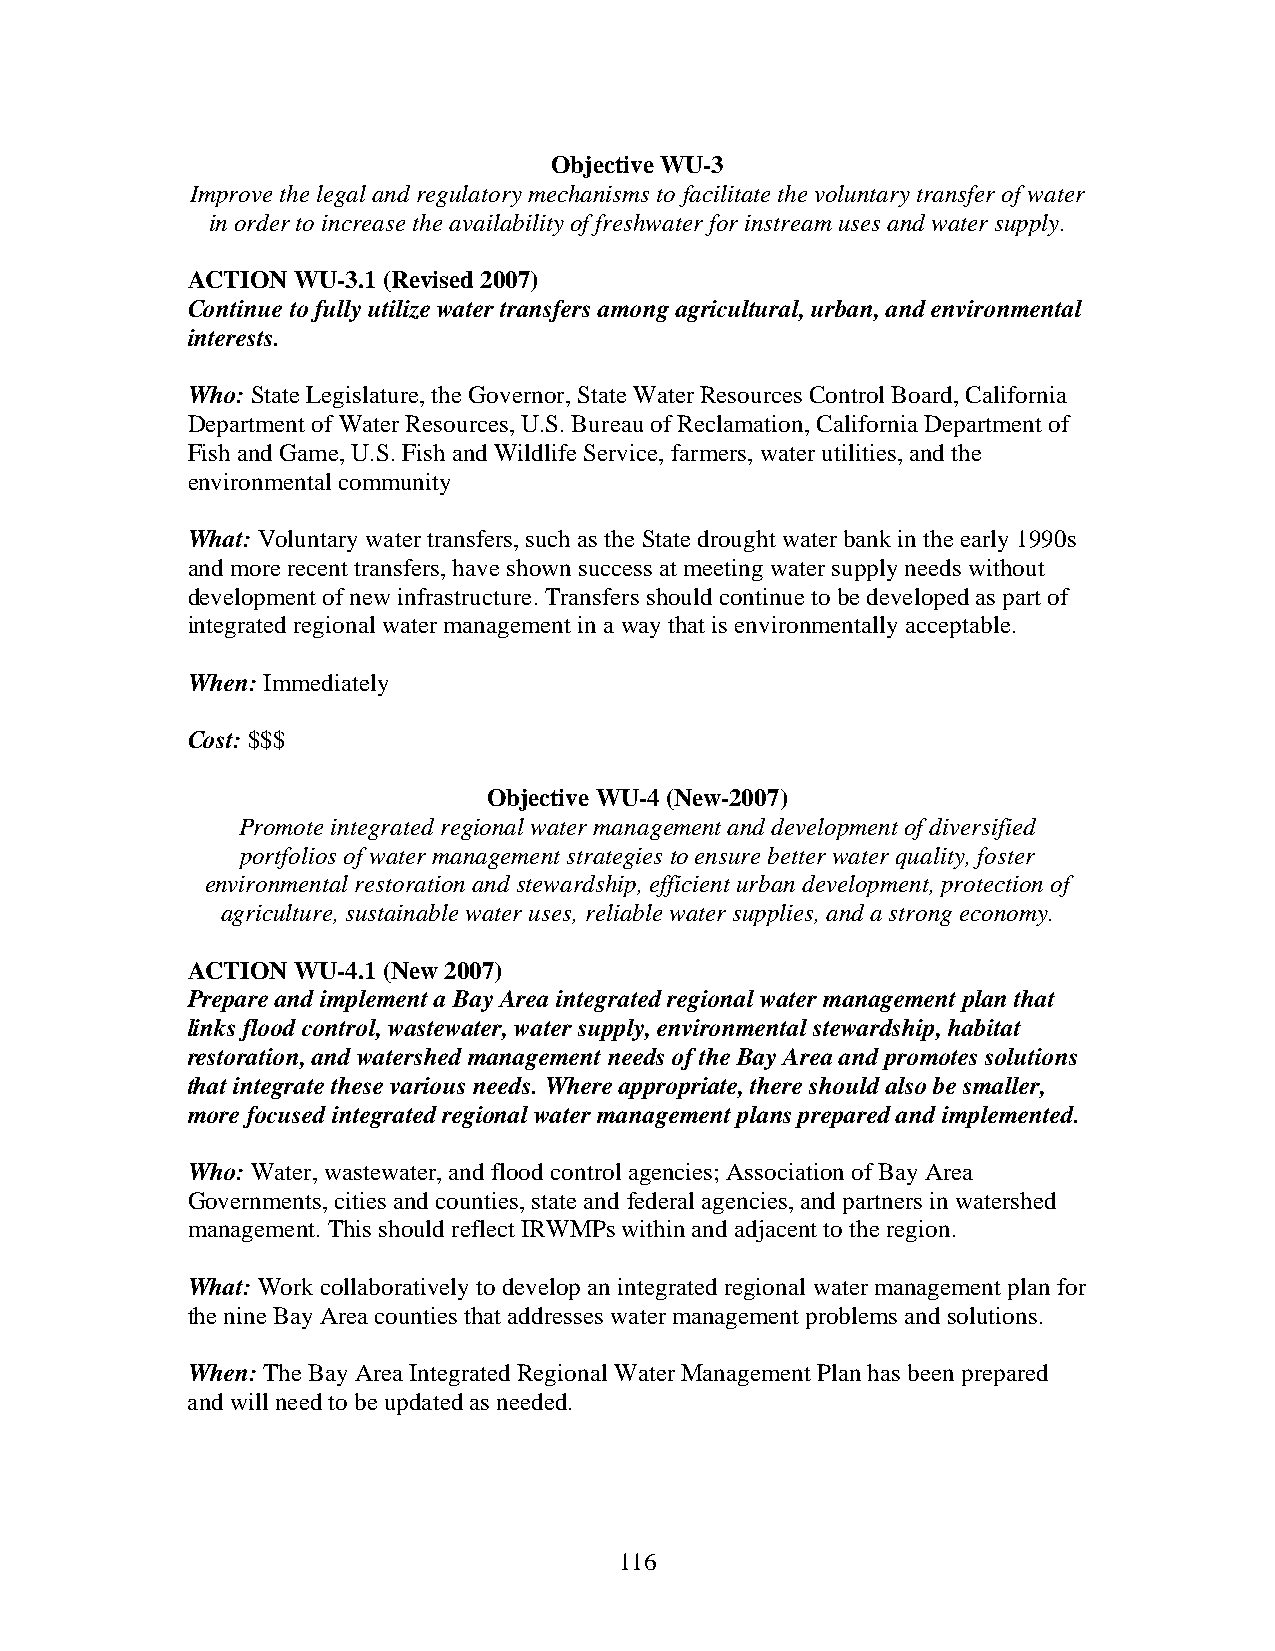
Objective WU-3
 Improve the legal and regulatory mechanisms to facilitate the voluntary transfer of water
 in order to increase the availability of freshwater for instream uses and water supply.
 ACTION WU-3.1 (Revised 2007)
 Continue to fully utilize water transfers among agricultural, urban, and environmental
 interests.
 Who: State Legislature, the Governor, State Water Resources Control Board, California
 Department of Water Resources, U.S. Bureau of Reclamation, California Department of
 Fish and Game, U.S. Fish and Wildlife Service, farmers, water utilities, and the
 environmental community
 What: Voluntary water transfers, such as the State drought water bank in the early 1990s
 and more recent transfers, have shown success at meeting water supply needs without
 development of new infrastructure. Transfers should continue to be developed as part of
 integrated regional water management in a way that is environmentally acceptable.
 When: Immediately
 Cost: $$$
 Objective WU-4 (New-2007)
 Promote integrated regional water management and development of diversified
 portfolios of water management strategies to ensure better water quality, foster
 environmental restoration and stewardship, efficient urban development, protection of
 agriculture, sustainable water uses, reliable water supplies, and a strong economy.
 ACTION WU-4.1 (New 2007)
 Prepare and implement a Bay Area integrated regional water management plan that
 links flood control, wastewater, water supply, environmental stewardship, habitat
 restoration, and watershed management needs of the Bay Area and promotes solutions
 that integrate these various needs. Where appropriate, there should also be smaller,
 more focused integrated regional water management plans prepared and implemented.
 Who: Water, wastewater, and flood control agencies; Association of Bay Area
 Governments, cities and counties, state and federal agencies, and partners in watershed
 management. This should reflect IRWMPs within and adjacent to the region.
 What: Work collaboratively to develop an integrated regional water management plan for
 the nine Bay Area counties that addresses water management problems and solutions.
 When: The Bay Area Integrated Regional Water Management Plan has been prepared
 and will need to be updated as needed.
 116